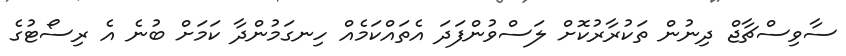
ސާވިސްޗާޖް ދިނުން ތަކުރާރުކޮށް ލަސްވުންފަދަ އެތައްކަމެއް ހިނގަމުންދާ ކަމަށް ބުނެ އެ ރިސޯޓުގެ